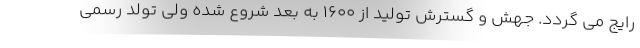
رایج می گردد. جهش و گسترش تولید از 1600 به بعد شروع شده ولی تولد رسمی